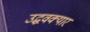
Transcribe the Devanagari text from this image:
उद्धवक्यार